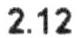
2.12